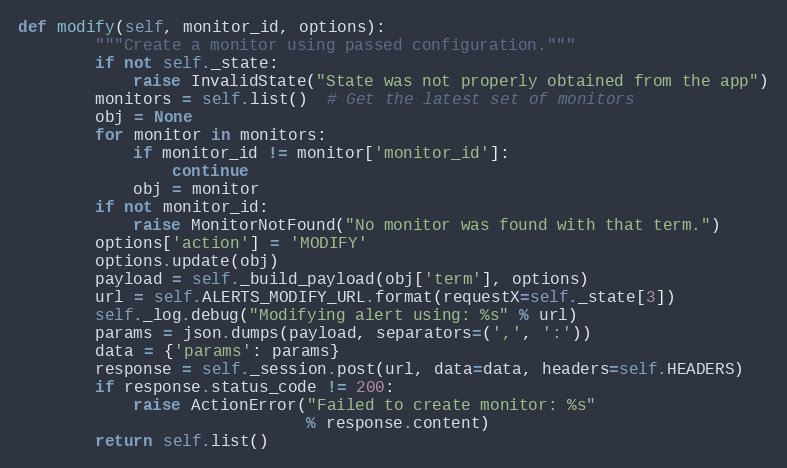
Language: Python
def modify(self, monitor_id, options):
        """Create a monitor using passed configuration."""
        if not self._state:
            raise InvalidState("State was not properly obtained from the app")
        monitors = self.list()  # Get the latest set of monitors
        obj = None
        for monitor in monitors:
            if monitor_id != monitor['monitor_id']:
                continue
            obj = monitor
        if not monitor_id:
            raise MonitorNotFound("No monitor was found with that term.")
        options['action'] = 'MODIFY'
        options.update(obj)
        payload = self._build_payload(obj['term'], options)
        url = self.ALERTS_MODIFY_URL.format(requestX=self._state[3])
        self._log.debug("Modifying alert using: %s" % url)
        params = json.dumps(payload, separators=(',', ':'))
        data = {'params': params}
        response = self._session.post(url, data=data, headers=self.HEADERS)
        if response.status_code != 200:
            raise ActionError("Failed to create monitor: %s"
                              % response.content)
        return self.list()